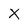
Character: X